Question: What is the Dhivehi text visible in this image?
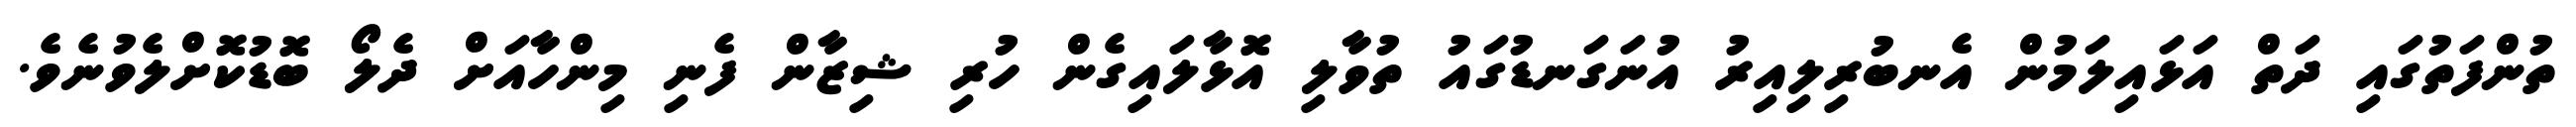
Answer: ތުންފަތުގައި ދަތް އަޅައިލަމުން އެނބުރިލިއިރު އުނަގަނޑުގައު ތުވާލި އޮޅާލައިގެން ހުރި ޝިޒާން ފެނި މިންހާއަށް ދެލޯ ބޮޑުކޮށްލެވުނެވެ.